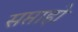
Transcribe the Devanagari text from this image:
सप्ताहो